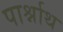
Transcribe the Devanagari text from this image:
पार्श्नाथ